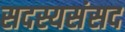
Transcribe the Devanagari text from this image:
सदस्यसंसद